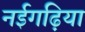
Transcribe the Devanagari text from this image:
नईगढ़िया